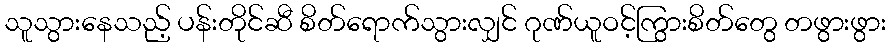
သူသွားနေသည့် ပန်းတိုင်ဆီ စိတ်ရောက်သွားလျှင် ဂုဏ်ယူဝင့်ကြွားစိတ်တွေ တဖွားဖွား